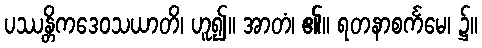
ပဿန္တိကဒေဝသယာတိ၊ ဟူ၍။ အာတံ၊ ၏။ ရတနာစင်္ကမေ၊ ၌။